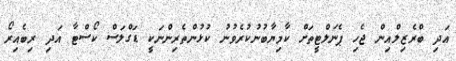
އަދި ބްރެޒިލްއިން ޖެހި ޕެނަލްޓީތަށް ކާމިޔާބުނުކުރެވުނު ކުޅުންތެރިންނަކީ ޑަގްލަސް ކޯސްޓާ އަދި ރިބެއިރޯ